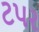
ટપર